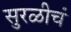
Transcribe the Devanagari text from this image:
सुरळीचं